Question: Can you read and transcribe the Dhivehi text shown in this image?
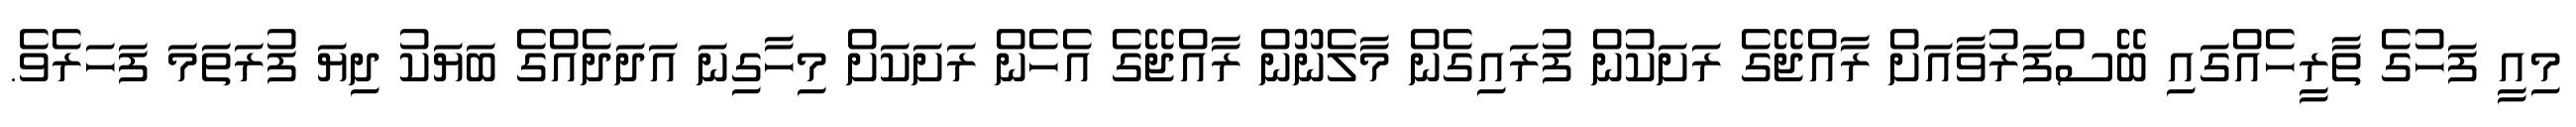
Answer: މިއީ ފަހުގެ ތާރީހެއްގައި ބޭސްފަރުވާއަށް ރާއްޖޭގެ ރަށަކުން ފުރައިގެން މާލެނޫން ރާއްޖޭގެ އެހެން ރަށަކަށް މިހާގިނަ އަދަދެއްގެ ބަޔަކު ދިޔަ ފުރަތަމަ ފަހަރެވެ.